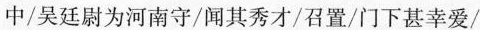
中/吴廷尉为河南守/闻其秀才/召置/门下甚幸爱/